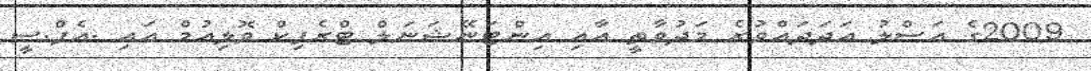
2009ގެ އަސްލު ޢަދަދައްވުރެ މަދުވާތީ އާއި އިންޓަނޭޝަނަލް ޓްރެފިކް ވޮލިއުމް އައި .އެފް.ސީ